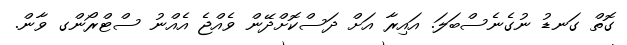
ގޮތް ގަނޑު ނުގެނެސްބަލަ. އައިރާ އަށް ދަސްކޮށްދޭން ވެއްޖެ އެއްނު ސްޓްރޯންގ ވާން.